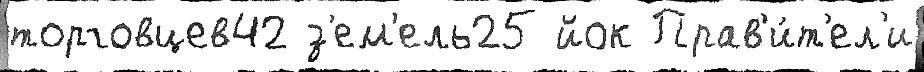
торговцев42 з'ем'ель25 йок Прав'и́т'ел'и